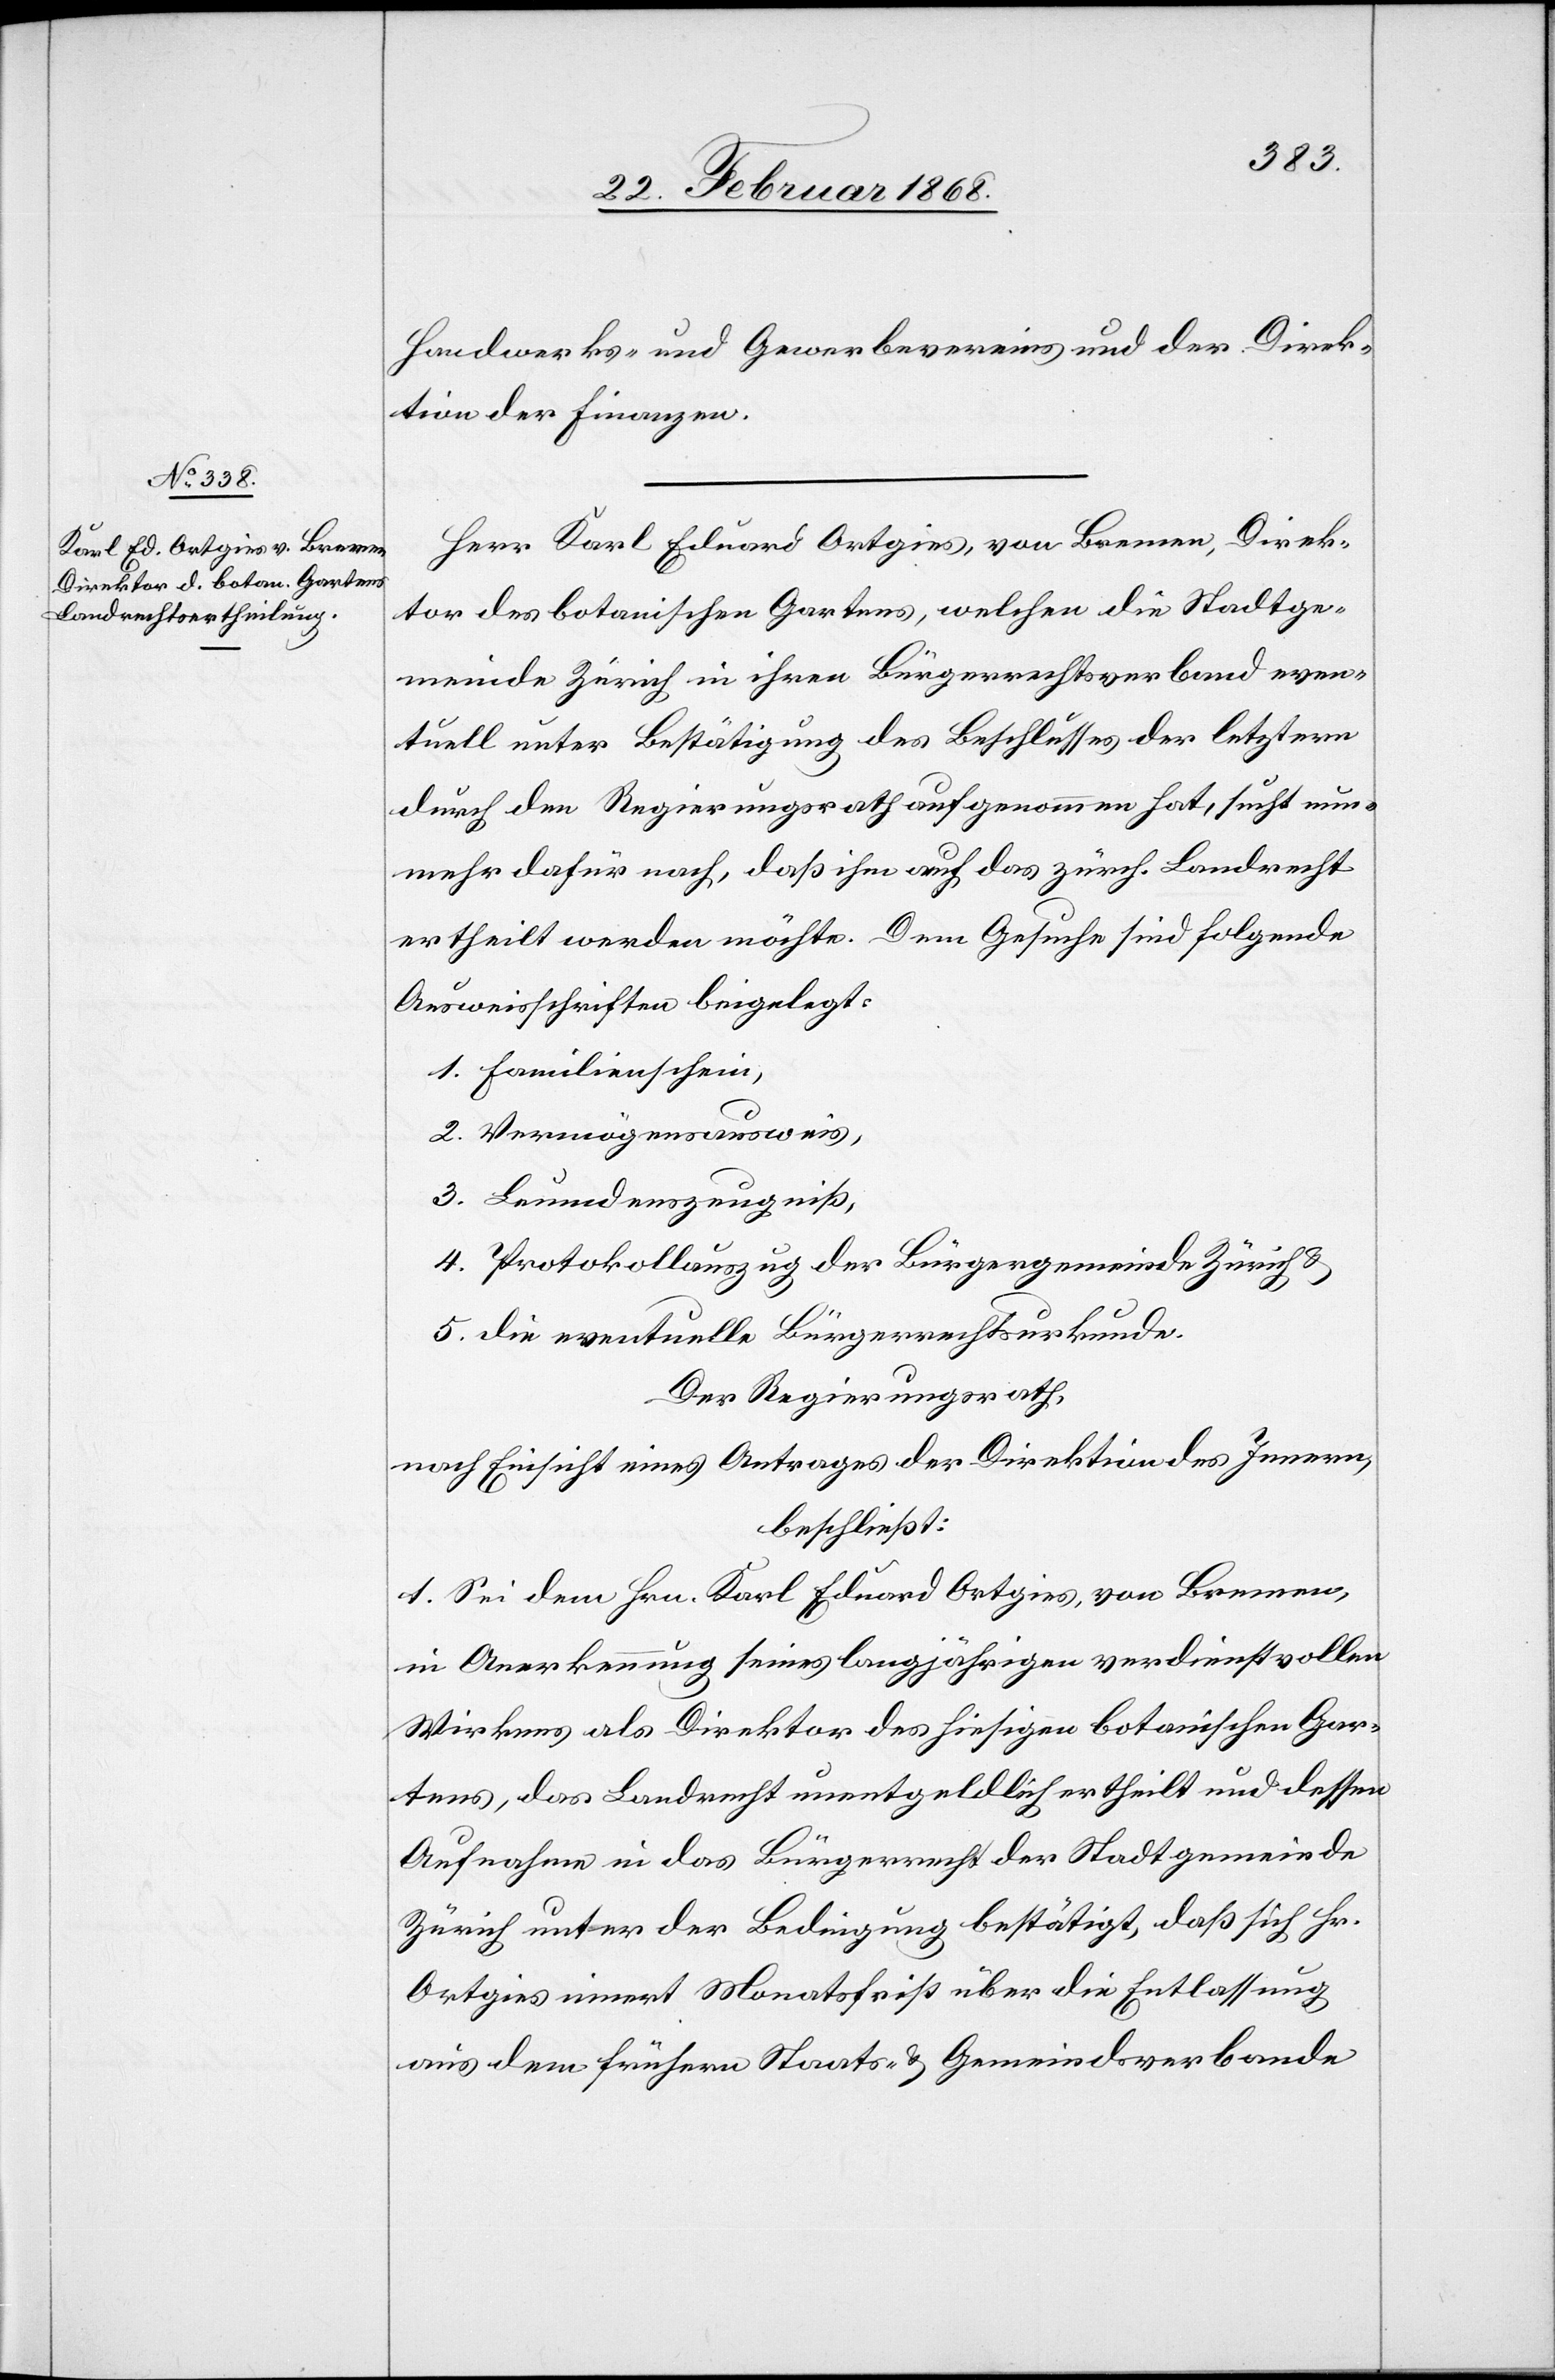
Handwerks- und Gewerbevereins und der Direk¬
tion der Finanzen.
Herr Karl Eduard Ortgies, von Bremen, Direk¬
tor des botanischen Gartens, welchen die Stadtge¬
meinde Zürich in ihren Bürgerrechtsverband even¬
tuell unter Bestätigung des Beschlusses der letztern
durch den Regierungsrath aufgenommen hat, sucht nun¬
mehr dafür nach, daß ihm auch das zürch. Landrecht
ertheilt werden möchte. Dem Gesuche sind folgende
Ausweisschriften beigelegt:
1. Familienschein,
2. Vermögensausweis,
3. Leumdenszeugniß,
4. Protokollauszug der Bürgergemeinde Zürich &
5. die eventuelle Bürgerrechtsurkunde.
Der Regierungsrath,
nach Einsicht eines Antrages der Direktion des Innern,
beschließt:
1. Sei dem Hrn. Karl Eduard Ortgies, von Bremen,
in Anerkennung seines langjährigen verdienstvollen
Wirkens als Direktor des hiesigen botanischen Gar¬
tens, das Landrecht unentgeldlich ertheilt und dessen
Aufnahme in das Bürgerrecht der Stadtgemeinde
Zürich unter der Bedingung bestätigt, daß sich Hr.
Ortgies innert Monatsfrist über die Entlassung
aus dem frühern Staats- & Gemeindsverbande